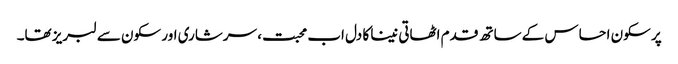
پر سکون احساس کے ساتھ قدم اٹھاتی نینا کا دل اب محبت، سرشاری اور سکون سے لبریز تھا۔